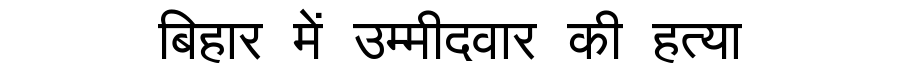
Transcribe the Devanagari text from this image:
बिहार में उम्मीदवार की हत्या